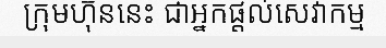
ក្រុមហ៊ុននេះ ជាអ្នកផ្តល់សេវាកម្ម